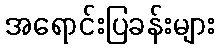
အရောင်းပြခန်းများ